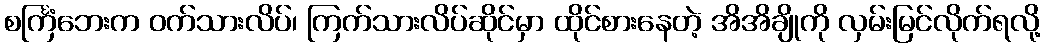
စင်္ကြံဘေးက ဝက်သားလိပ်၊ ကြက်သားလိပ်ဆိုင်မှာ ထိုင်စားနေတဲ့ အိအိချိုကို လှမ်းမြင်လိုက်ရလို့